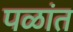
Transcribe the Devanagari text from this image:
पळांत